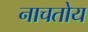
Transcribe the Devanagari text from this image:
नाचतोय